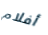
أفلام